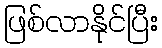
ဖြစ်လာနိုင်ပြီး